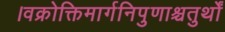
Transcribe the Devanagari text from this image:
।वक्रोक्तिमार्गनिपुणाश्चतुर्थों